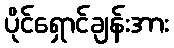
ပိုင်ရှောင်ချန်းအား